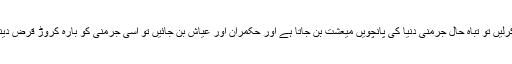
قومیں ان رویوں سے ترقی کرتی ہیں جب حکمران عمربن خطاب جیسی سادگی اور ایمانداری اختیار کرلیں تو تباہ حال جرمنی دنیا کی پانچویں میعشت بن جاتا ہے اور حکمران اور عیاش بن جائیں تو اسی جرمنی کو بارہ کروڑ قرض دینے والا ملک ہر سال آئی ایم ایف سے کروڑوں کا قرض لے لے کرآج کا تباہ حال پاکستان بن جاتا ہے۔